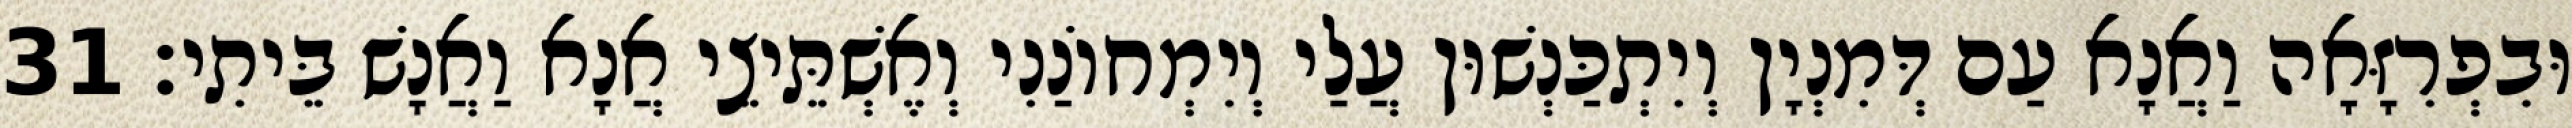
וּבִפְרִזָּאָה וַאֲנָא עַם דְּמִנְיָן וְיִתְכַּנְשׁוּן עֲלַי וְיִמְחוֹנַנִי וְאֶשְׁתֵּיצֵי אֲנָא וַאֲנָשׁ בֵּיתִי׃ 31